Civil Veterinary Department Bihar & Orissa reports 1929-36 - 1929-1936
Year: 1929
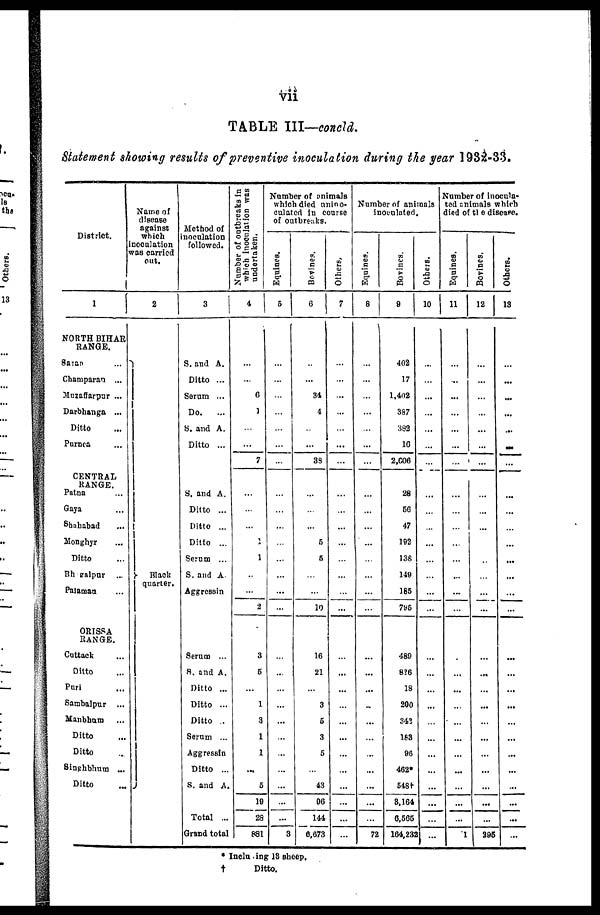
vii
TABLE III—concld.
Statement showing results of preventive inoculation during the year 1932-33.
District.
1
NORTH BIHAR
RANGE.
Saran
...
Champaran ...
Muzaffarpur ...
Darbhanga ...
Ditto
Purnea ...
CENTRAL
RANGE.
Patna ...
Gaya ...
Shahabad ...
Monghyr ...
Ditto
Bhagalpur ...
Palaman ...
ORISSA
RANGE.
Cuttack ...
Ditto
Puri ...
Sambalpur ...
Manbhum ...
Ditto
Ditto
Singhbhum ...
Ditto
Name of
disease
against
which
noculation
was carried
out.
2
Black
quarter.
Method of
inoculation
followed.
3
S. and A.
Ditto ...
Serum ...
Do.
...
S. and A.
Ditto ...
S. and A.
Ditto ...
Ditto ...
Ditto ...
Serum ...
S. and A.
Aggressin
Serum ...
S. and A.
Ditto ...
Ditto ...
Ditto ..
Serum ...
Aggressin
Ditto ...
S. and A.
Total ...
Grand total
Number of outbreaks in
which inoculation was
undertaken.
4
...
...
6
1
...
...
7
...
...
...
2
1
...
...
2
3
5
...
1
3
1
1
...
5
19
28
881
Number of unimals
which died unino-
culated in course
of outbreaks.
Equines.
5
...
...
...
...
...
...
...
...
...
...
...
...
...
...
...
...
...
...
...
...
...
...
...
...
...
...
3
Bovines,
6
...
...
34
4
...
...
38
...
...
...
5
5
...
...
10
16
21
...
3
5
3
5
...
43
86
144
6,673
Others,
7
...
...
...
...
...
...
...
...
...
...
...
...
...
...
...
...
...
...
...
...
...
...
...
...
...
...
...
Number of animals
inoculated.
Equines.
8
...
...
...
...
...
...
...
...
...
...
...
...
...
...
...
...
...
...
...
...
...
...
...
...
...
...
72
Bovines.
9
402
17
1,402
387
382
16
2,606
28
66
47
192
138
149
185
795
489
826
18
200
343
183
96
462*
548†
8,164
6,565
164,232
Others.
10
...
...
...
...
...
...
...
...
...
...
...
...
...
...
...
...
...
...
...
...
...
...
...
...
...
...
...
Number of inocula-
ted animals which
died of the disease.
Equines.
11
...
...
...
...
...
...
...
...
...
...
...
...
...
...
...
...
...
...
...
...
...
...
...
...
...
...
1
Bovines.
12
...
...
...
...
...
...
...
...
...
...
...
...
...
...
...
...
...
...
...
...
...
...
...
...
...
...
295
Others.
13
...
...
...
...
...
...
...
...
...
...
...
...
...
...
...
...
...
...
...
...
...
...
...
...
...
...
...
* Including 13 sheep,
†
Ditto.